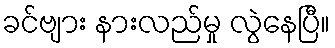
ခင်ဗျား နားလည်မှု လွဲနေပြီ။